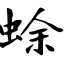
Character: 蜍